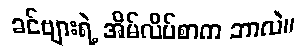
ခင်ဗျားရဲ့ အိမ်လိပ်စာက ဘာလဲ။